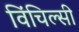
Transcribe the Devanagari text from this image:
विंचिल्सी